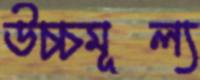
উচ্চমূল্য